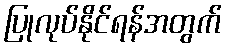
ပြုလုပ်နိုင်ရန်အတွက်